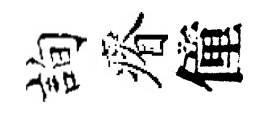
詢瘠僮